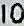
10